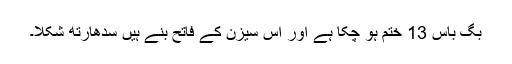
بگ باس 13 ختم ہو چکا ہے اور اس سیزن کے فاتح بنے ہیں سدھارتھ شکلا۔